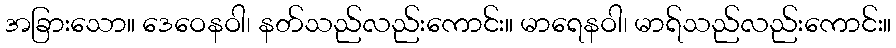
အခြားသော။ ဒေဝေနဝါ၊ နတ်သည်လည်းကောင်း။ မာရေနဝါ၊ မာရ်သည်လည်းကောင်း။